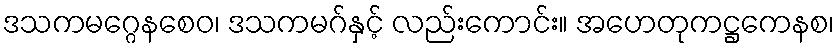
ဒသကမဂ္ဂေနစေဝ၊ ဒသကမဂ်နှင့် လည်းကောင်း။ အဟေတုကဋ္ဌကေနစ၊